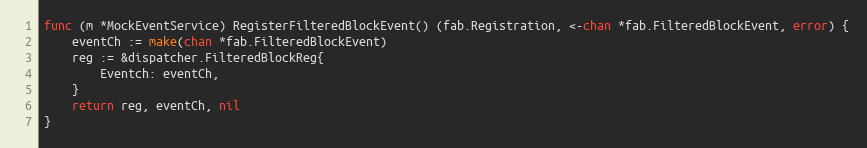
Language: Go
func (m *MockEventService) RegisterFilteredBlockEvent() (fab.Registration, <-chan *fab.FilteredBlockEvent, error) {
	eventCh := make(chan *fab.FilteredBlockEvent)
	reg := &dispatcher.FilteredBlockReg{
		Eventch: eventCh,
	}
	return reg, eventCh, nil
}